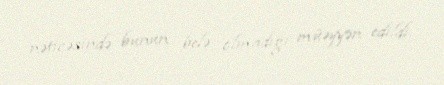
nəticəsində bunun belə olmadığı müəyyən edildi.